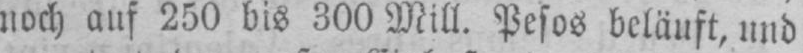
noch auf 250 bis 300 Mill. Pesos beläuft, und